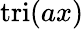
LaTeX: \operatorname{tri}(ax)